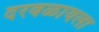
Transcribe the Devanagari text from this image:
दरवळायला